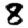
Digit: 8